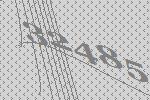
32485